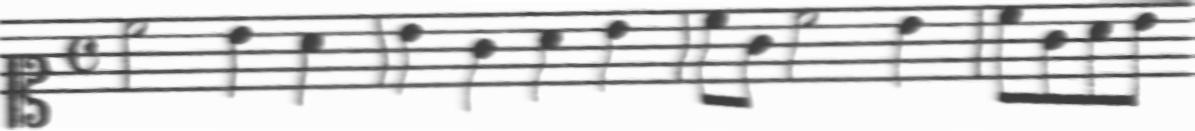
Transcription: clef-C1 timeSignature-C note-C5_half note-B4_quarter note-A4_quarter barline note-B4_quarter note-G4_quarter note-A4_quarter note-B4_quarter barline note-C5_eighth note-G4_eighth note-C5_half note-B4_quarter barline note-C5_eighth note-G4_eighth note-A4_eighth note-B4_eighth